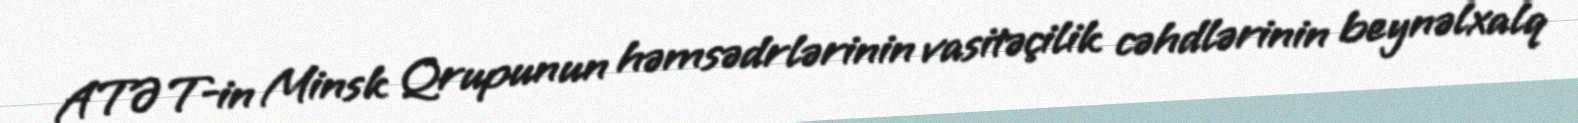
ATƏT-in Minsk Qrupunun həmsədrlərinin vasitəçilik cəhdlərinin beynəlxalq